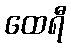
ထေရီ